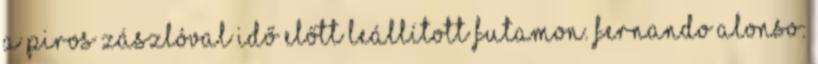
a piros zászlóval idő előtt leállított futamon. Fernando Alonso: